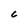
Character: C